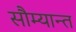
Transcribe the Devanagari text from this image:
सौम्यान्त